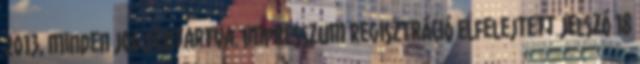
2013, Minden jog fentartva. Impresszum Regisztráció Elfelejtett jelszó 18